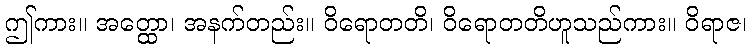
ဤကား။ အတ္ထော၊ အနက်တည်း။ ဝိရောတတိ၊ ဝိရောတတိဟူသည်ကား။ ဝိရာဇ၊